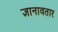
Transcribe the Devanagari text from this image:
ज्ञानावतार